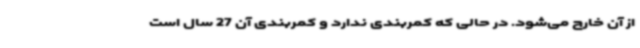
از آن خارج می‌شود. در حالی که کمربندی ندارد و کمربندی آن 27 سال است